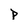
Character: p